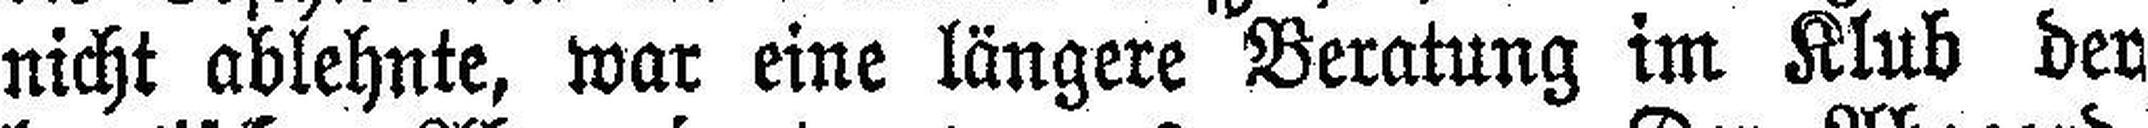
nicht ablehnte, war eine längere Beratung im Klub der